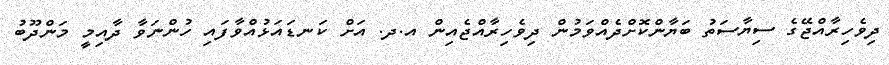
ދިވެހިރާއްޖޭގެ ސިޔާސަތު ބަޔާންކޮށްދެއްވަމުން ދިވެހިރާއްޖެއިން އ.ދ. އަށް ކަނޑައަޅުއްވާފައި ހުންނަވާ ދާއިމީ މަންދޫބު